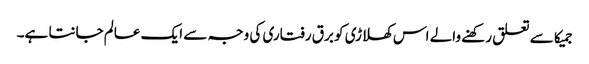
جمیکا سے تعلق رکھنے والے اس کھلاڑی کو برق رفتاری کی وجہ سے ایک عالم جانتا ہے۔